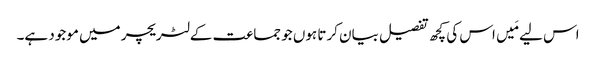
اس لیے مَیں اس کی کچھ تفصیل بیان کرتا ہوں جو جماعت کے لٹریچر میں موجود ہے۔